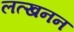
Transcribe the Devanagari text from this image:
लत्खनन